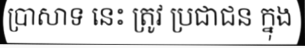
ប្រាសាទ នេះ ត្រូវ ប្រជាជន ក្នុង